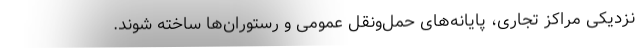
نزدیکی مراکز تجاری، پایانه‌های حمل‌ونقل عمومی و رستوران‌ها ساخته شوند.